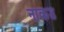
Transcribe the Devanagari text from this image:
नाकउ